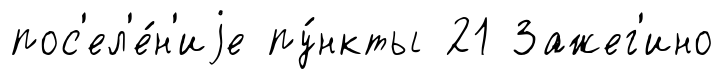
пос'ел'е́н'иjе пу́нкты 21 Зажег'ино